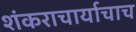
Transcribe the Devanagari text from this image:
शंकराचार्याचाच